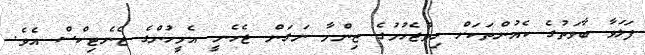
ފަލަވާ ބާވަތުގެ ކެއުންތަކަށް ހިތްޖެހުމުގެ ޒިންމާ ނަގަން ޖެހެނީ އެމީހުންގެ ޖެނެޓިކްސް އެވެ.